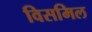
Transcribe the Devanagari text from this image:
विसमिल